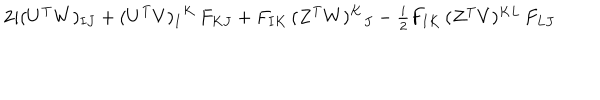
LaTeX: 2 i ( U ^ { \mathrm { T } } W ) _ { I J } + ( U ^ { \mathrm { T } } V ) _ { I } { } ^ { K } \, F _ { K J } + F _ { I K } \, ( Z ^ { \mathrm { T } } W ) ^ { K } { } _ { J } - \textstyle { \frac { i } { 2 } } F _ { I K } \, ( Z ^ { \mathrm { T } } V ) ^ { K L } \, F _ { L J }